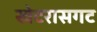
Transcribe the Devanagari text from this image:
खेटरासगट